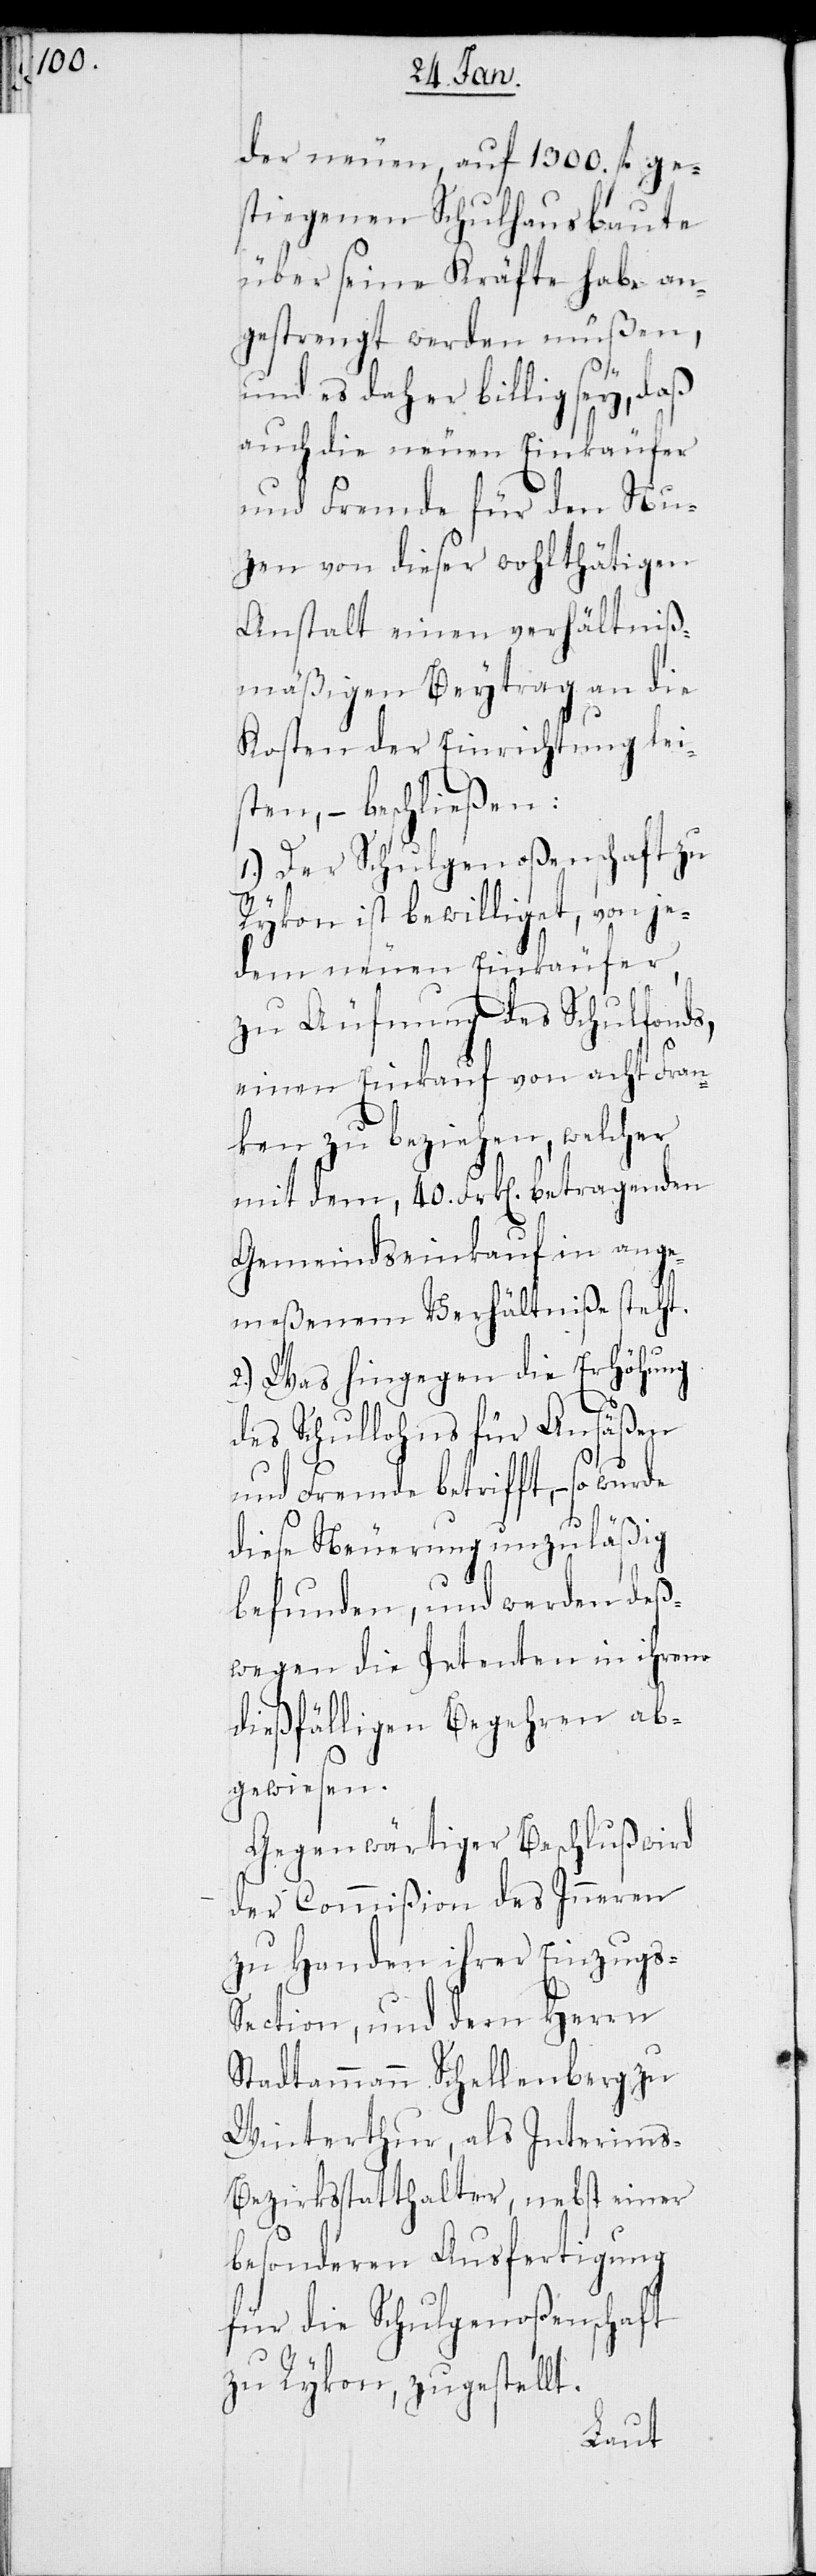
der neuen, auf 1300. fl. ge¬
stiegenen Schulhausbaute
über seine Kräfte habe an¬
gestrengt werden müßen,
und es daher billig sey, daß
auch die neuen Einkäufer
und Fremde für den Nu¬
zen von dieser wohlthätigen
Anstalt einen verhältniß¬
mäßigen Beytrag an die
Kosten der Einrichtung lei¬
sten, – beschließen:
1.) Der Schulgenoßenschaft zu
Rykon ist bewilliget, von je¬
dem neuen Einkäufer,
zu Aufnung des Schulfonds,
einen Einkauf von acht Fran¬
ken zu beziehen, welcher
mit dem, 40. Frk[en]. betragenden
Gemeindseinkauf in ange¬
meßenem Verhältniße steht.
2.) Was hingegen die Erhöhung
des Schullohns für Ansäßen
und Fremde betrifft, – so
diese Neuerung unzuläßig
befunden, und werden deß¬
wegen die Petenten in ihrem
dießfälligen Begehren ab¬
gewiesen.
Gegenwärtiger Beschluß wird
der Commißion des Inneren
zu Handen ihrer Einzugs-S¬
ection, und dem Herrn
Stadtammann Schellenberg zu
Winterthur, als Interims-B¬
ezirksstatthalter, nebst einer
besonderen Ausfertigung
für die Schulgenoßenschaft
zu Rykon, zugestellt.